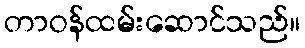
တာဝန်ထမ်းဆောင်သည်။